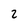
Character: 2